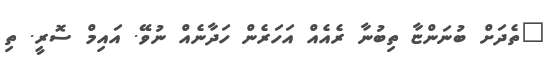
"ތެދަށް ބުނަންޏާ ތިބުނާ ރެއެއް އަހަރެން ހަދާނެއް ނުވޭ. އައިމް ސޮރީ. ތި